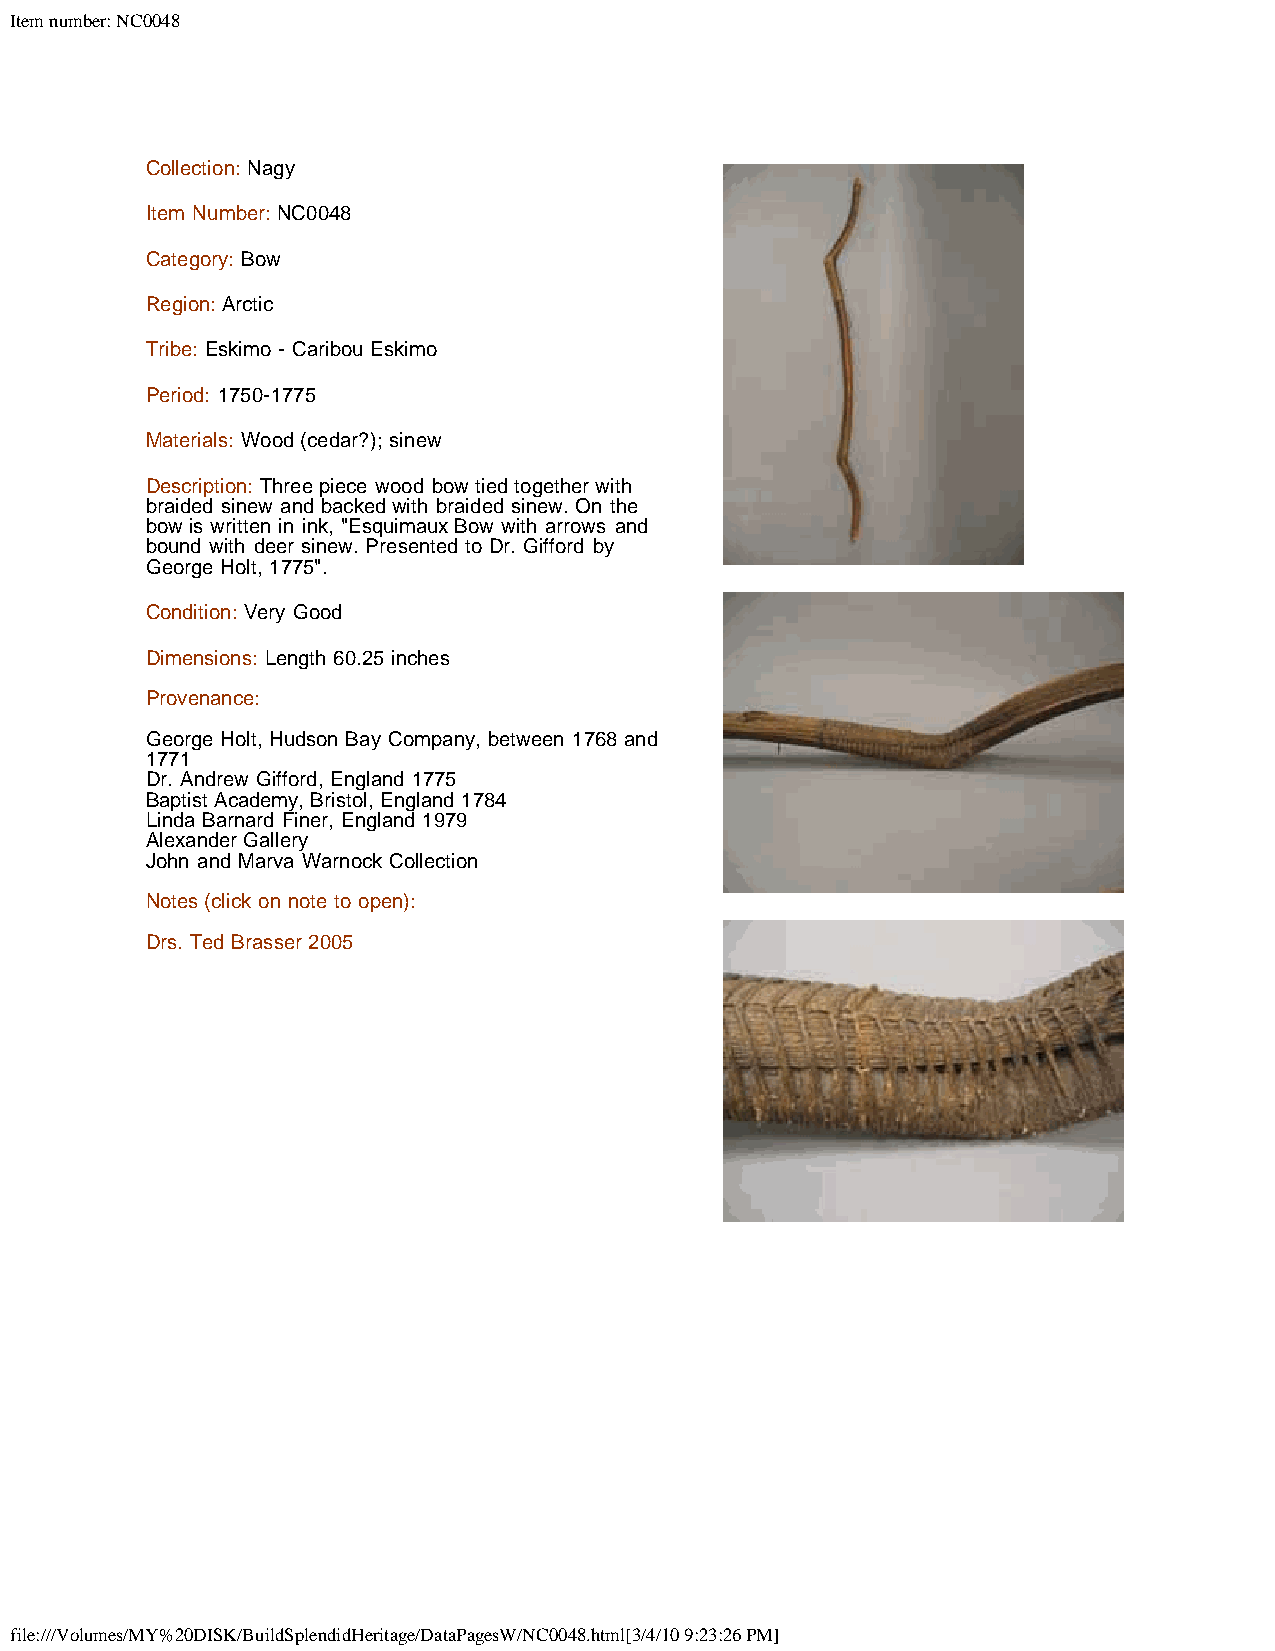
Item number: NC0048
 Collection: Nagy
 Item Number: NC0048
 Category: Bow
 Region: Arctic
 Tribe: Eskimo - Caribou Eskimo
 Period: 1750-1775
 Materials: Wood (cedar?); sinew
 Description: Three piece wood bow tied together with
 braided sinew and backed with braided sinew. On the
 bow is written in ink, "Esquimaux Bow with arrows and
 bound with deer sinew. Presented to Dr. Gifford by
 George Holt, 1775".
 Condition: Very Good
 Dimensions: Length 60.25 inches
 Provenance:
 George Holt, Hudson Bay Company, between 1768 and
 1771
 Dr. Andrew Gifford, England 1775
 Baptist Academy, Bristol, England 1784
 Linda Barnard Finer, England 1979
 Alexander Gallery
 John and Marva Warnock Collection
 Notes (click on note to open):
 Drs. Ted Brasser 2005
 file:///Volumes/MY%20DISK/BuildSplendidHeritage/DataPagesW/NC0048.html[3/4/10 9:23:26 PM]